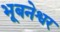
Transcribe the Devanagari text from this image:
भूबनेश्वर